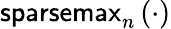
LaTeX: \textsf{sparsemax}_{n}\left(\cdot\right)